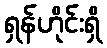
ရှန်ဟိုင်းရှိ